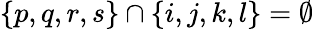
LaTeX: \{ p,q,r,s\} \cap\{ i,j,k,l\} =\emptyset